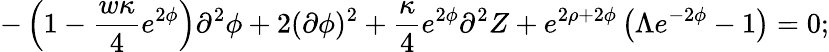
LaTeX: -\left(1-\frac{w\kappa}{4}e^{2\phi}\right)\partial^{2}\phi+2(\partial\phi)^{2}+\frac{\kappa}{4}e^{2\phi}\partial^{2}Z+e^{2\rho+2\phi}\left(\Lambda e^{-2\phi}-1\right)=0;